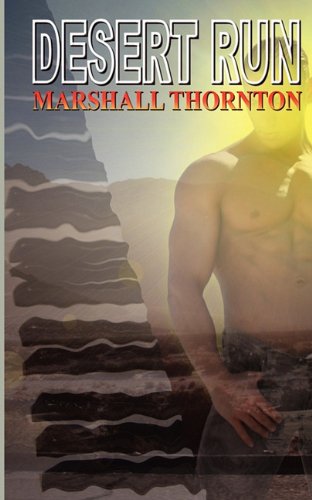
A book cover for Desert Run; Marshall Thornton; Gay & Lesbian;